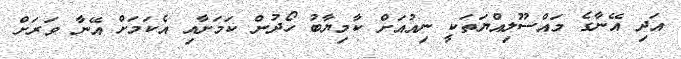
އަދި އޭނާގެ މައްސޫލިއްޔަތަކީ ނިއުއަށް ކާމިޔާބު ހޯދުން ކަމަށާއި އެކަމަށް އޭނާ ވަރަށް